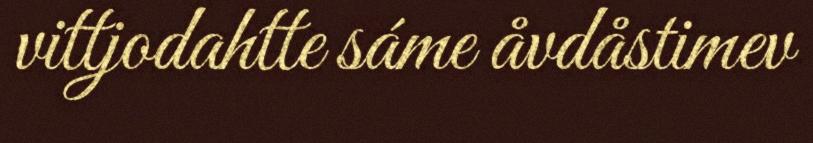
vittjodahtte sáme åvdåstimev